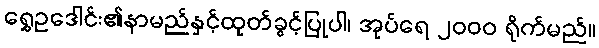
ရွှေဥဒေါင်း၏နာမည်နှင့်ထုတ်ခွင့်ပြုပါ၊ အုပ်ရေ ၂၀၀၀ ရိုက်မည်။